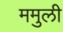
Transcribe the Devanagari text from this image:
ममुली